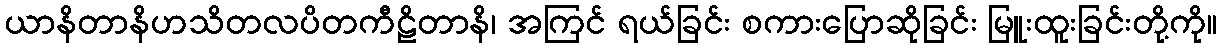
ယာနိတာနိဟသိတလပိတကီဠိတာနိ၊ အကြင် ရယ်ခြင်း စကားပြောဆိုခြင်း မြူးထူးခြင်းတို့ကို။